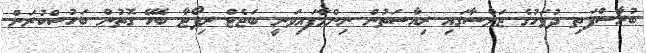
ބުރާސްފަތި ދުވަހުގެ ޖަލްސާގައި ރިއާސަތުން ނިންމާފައިވަނީ ބަޖެޓް ރިޕޯޓާ ބެހޭ ގޮތުން ބަހުސްކުރަން